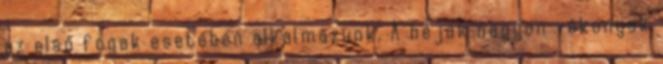
az első fogak esetében alkalmazunk. A héjak nagyon vékonyak